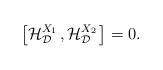
LaTeX: \begin{align*} \bigl[\mathcal{H}^{X_1\,}_{\mathcal{D}}, \mathcal{H}^{X_2\,}_{\mathcal{D}}\bigr]=0. \end{align*}